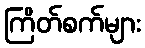
ကြိတ်စက်များ